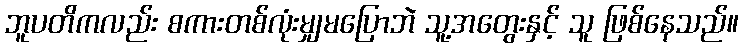
ဘူပတိကလည်း စကားတစ်လုံးမျှမပြောဘဲ သူ့အတွေးနှင့် သူ ဖြစ်နေသည်။